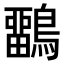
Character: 𪅳